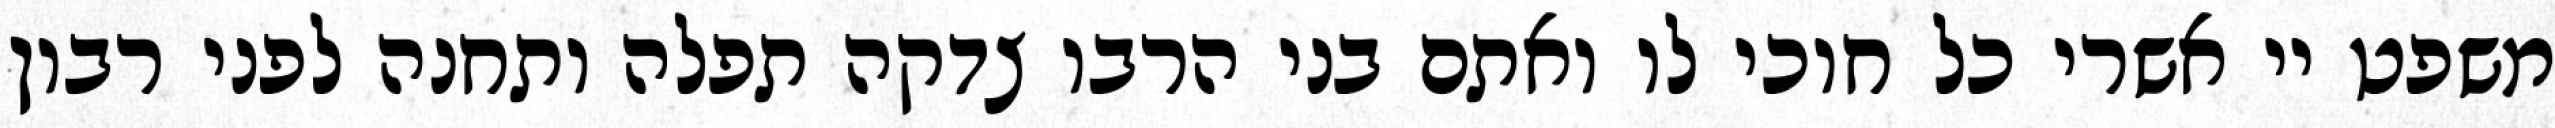
משפט יי אשרי כל חוכי לו ואתם בני הרבו צדקה תפלה ותחנה לפני רבון